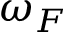
\omega _ { F }